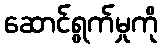
ဆောင်ရွက်မှုကို